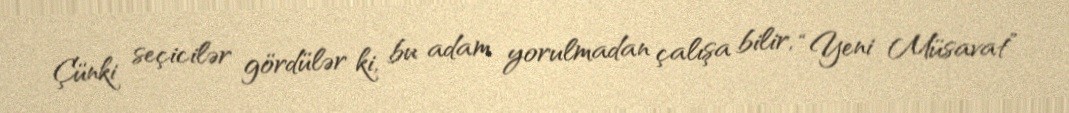
Çünki seçicilər gördülər ki, bu adam yorulmadan çalışa bilir, “Yeni Müsavat”